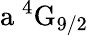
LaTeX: \mathrm{a\ ^{4}G_{9/2}}